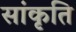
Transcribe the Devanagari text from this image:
सांकृति